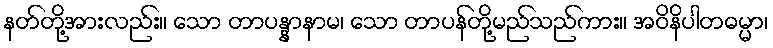
နတ်တို့အားလည်း။ သော တာပန္နာနာမ၊ သော တာပန်တို့မည်သည်ကား။ အဝိနိပါတဓမ္မာ၊